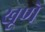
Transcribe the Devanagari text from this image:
खूणे